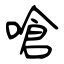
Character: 嗆